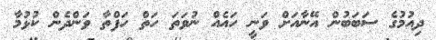
ދިއުމުގެ ސަބަބުން އޭނާއަށް ވަނީ ހައެއް ނުވަތަ ހަތް ހަފްތާ ވަންދެން ކުޅުމާ